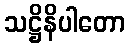
သဋ္ဌိနိပါတော